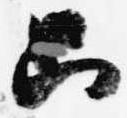
只